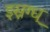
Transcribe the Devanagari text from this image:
इस्नग्ध्